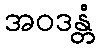
အဝဒန္တံ